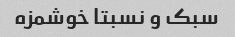
سبک و نسبتا خوشمزه